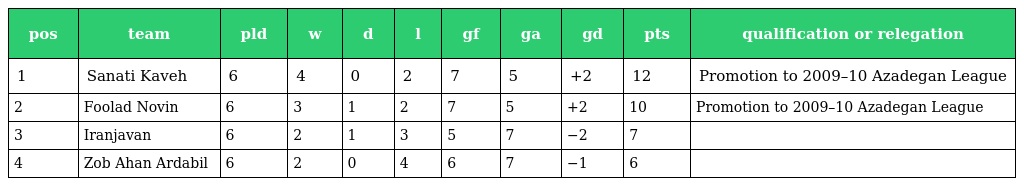
| pos | team | pld | w | d | l | gf | ga | gd | pts | qualification or relegation |
 | --- | --- | --- | --- | --- | --- | --- | --- | --- | --- | --- |
 | 1 | Sanati Kaveh | 6 | 4 | 0 | 2 | 7 | 5 | +2 | 12 | Promotion to 2009–10 Azadegan League |
 | 2 | Foolad Novin | 6 | 3 | 1 | 2 | 7 | 5 | +2 | 10 | Promotion to 2009–10 Azadegan League |
 | 3 | Iranjavan | 6 | 2 | 1 | 3 | 5 | 7 | −2 | 7 |  |
 | 4 | Zob Ahan Ardabil | 6 | 2 | 0 | 4 | 6 | 7 | −1 | 6 |  |